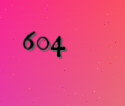
604